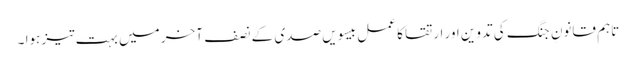
تاہم قانونِ جنگ کی تدوین اور ارتقا کا عمل بیسویں صدی کے نصف ِ آخر میں بہت تیز ہوا ۔